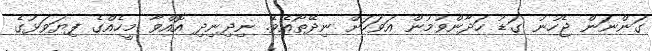
ގަންނަން ޖެހުނު ގަޑު ހަދާންވުމުން އަވަހަށް ނިދޭތޯއެވެ. ނިދިނިދި އޮއްވާ މީހެއްގެ ފިޔަވަޅުގެ